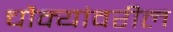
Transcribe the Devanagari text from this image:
चौक्यांवरील